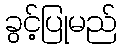
ခွင့်ပြုမည်